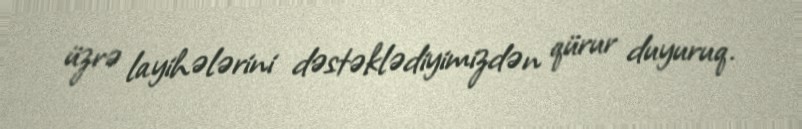
üzrə layihələrini dəstəklədiyimizdən qürur duyuruq.